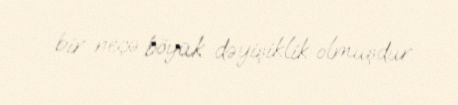
bir neçə böyük dəyişiklik olmuşdur.